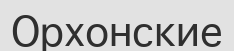
Орхонские